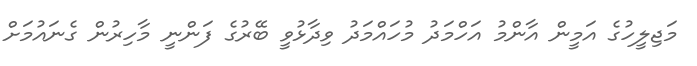
މަޖިލީހުގެ އަމީން އާންމު އަހްމަދު މުހައްމަދު ވިދާޅުވީ ބޭރުގެ ފަންނީ މާހިރުން ގެނައުމަށް